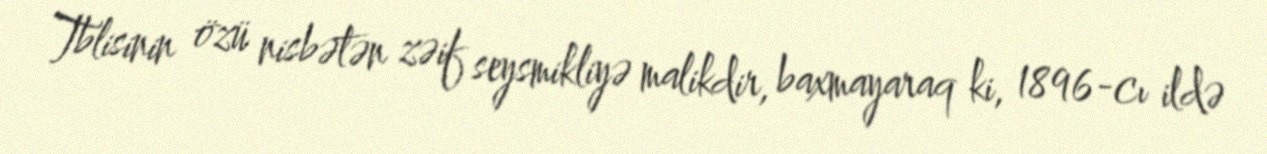
Tblisinin özü nisbətən zəif seysmikliyə malikdir, baxmayaraq ki, 1896-cı ildə